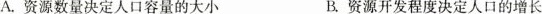
A.资源数量决定人口容量的大小 B.资源开发程度决定人口的增长